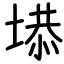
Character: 塨